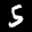
Digit: 5